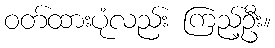
ဝတ်ထားပုံလည်း ကြည့်ဦး။